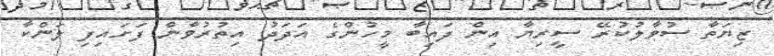
ޒިޔަތާ ސުވާލުކުރޭ ސީރިޔާ އިން ފައިބާ މީހުންގެ އަދަދު އިތުރުވާން ފަށައިފި ލަންކާ